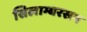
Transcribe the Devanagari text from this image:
सिलाम्बरसन